Leaving Certificate Examination, 1902
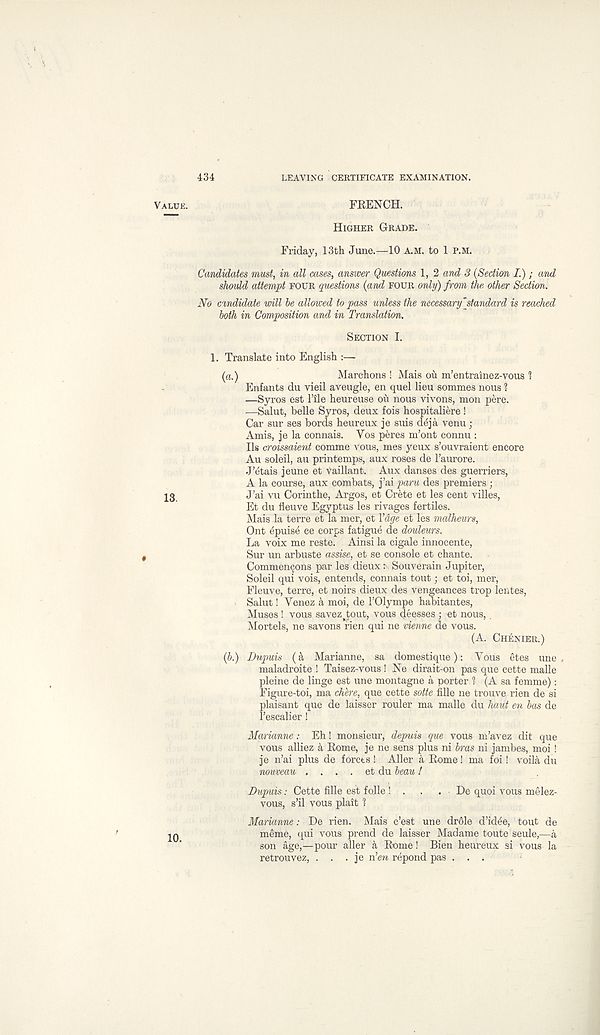
434
LEAVING CERTIFICATE EXAMINATION.
FRENCH.
HIGHER GRADE.
Friday, 13 th June.—10 A.M. to 1 P.M.
Candidates mast, in all cases, answer Questions 1, 2 and 3 (Section I.) ; and
should attempt FOUR questions (and FOUR only) from the other Section.
No candidate will be allowed to pass unless the necessary"standard is reached
both in Composition and in Translation.
SECTION I.
1. Translate into English :—
(a.)
Marchons ! Mais ou m’entralnez-vous ?
Enfants du vieil aveugle, en quel lieu sommes nous 1
—Syros est 1’ile heureuse ou nous vivons, mon pere.
—Salut, belle Syros, deux fois hospitaliere!
Car sur ses bords heureux je suis deja venu ;
Amis, je la connais. Yos peres m’ont connu :
Ils croissaient comme vous, mes yeux s’ouvraient encore
Au soleil, au printemps, aux roses de 1’aurore.
J’etais jeune et vaillant. Aux danses des guerriers,
A la course, aux combats, ]’ai paru des premiers ;
J’ai vu Corinthe, Argos, et Crete et les cent villes,
Et du fleuve Egyptus les rivages fertiles.
Mais la terre et la mer, et Vdge et les malheurs,
Ont epuise ce corps fatigue de douleurs.
La voix me reste. Ainsi la cigale innocente,
Sur un arbuste assise, et se console et chante.
Commencjons par les dieux: Souverain Jupiter,
Soleil qui vois, entends, connais tout; et toi, mer,
Fleuve, terre, et noirs dieux des vengeances trop lentes,
Salut! Venez a moi, de I’Olympe habitantes,
Muses ! vous savez tout, vous de esses ; et nous, .
Mortels, ne savons fien qui ne vienne de vous.
(A. CHENIER.)
(b.) Dupuis (a Marianne, sa domestique): Yous etes une .
maladroite ! Taisez-vous ! Ne dirait-on pas que cette malle
pleine de linge est une montagne a porter 1 (A sa femme):
Figure-toi, ma chbre, que cette sotte fille ne trouve rien de si
plaisant que de laisser rouler ma malle du haut en bas de
Tescalier !
Marianne: Eh! monsieur, depuis que vous m’avez dit que
vous alliez a Rome, je ne sens plus ni bras ni jambes, moi !
je n’ai plus de forces ! Aller a Rome! ma foi! voila du
nouveau . . . . et du beau!
Dupuis: Cette fille est folle ! . .
. De quoi vous melez-
vous, s’il vous plait 1
Marianne: De rien. Mais c’est une dr61e d’idee, tout de
meme, qui vous prend de laisser Madame toute seule,—a
son age,—pour aller a Rome! Bien heureux si vous la
retrouvez, . . . je n’en repond pas ...